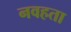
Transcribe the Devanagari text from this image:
नवहता